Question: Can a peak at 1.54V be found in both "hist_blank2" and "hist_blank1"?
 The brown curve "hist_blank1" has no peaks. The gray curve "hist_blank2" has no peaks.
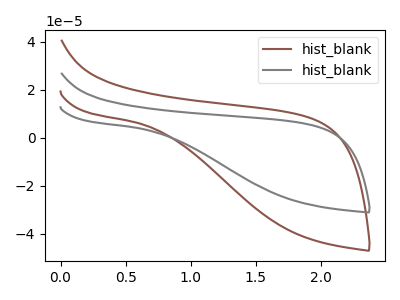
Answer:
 <answer>No, "hist_blank2" and "hist_blank1" dont share a peak at 1.54V.</answer>
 <eval>mismatch</eval>